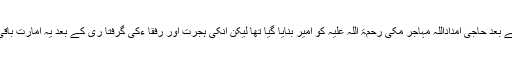
1857 ء کے بعد حاجی امداداللہ مہاجر مکی رحمۃ اللہ علیہ کو امیر بنایا گیا تھا لیکن انکی ہجرت اور رفقا ءکی گرفتا ری کے بعد یہ امارت باقی نہیں رہی ۔